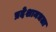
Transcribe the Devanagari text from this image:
प्रदेशामधला